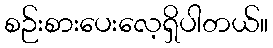
စဉ်းစားပေးလေ့ရှိပါတယ်။